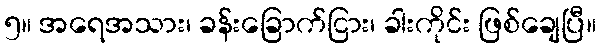
၅။ အရေအသား၊ ခန်းခြောက်ငြား၊ ခါးကိုင်း ဖြစ်ချေပြီ။